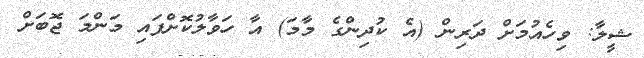
ޝީލާ: ވިހެއުމަށް ދަރިން (އެ ކުދިންގެ މާމަ) އާ ހަވާލުކޮށްފައި މަންމަ ޖޮބަށް